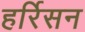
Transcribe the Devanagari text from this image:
हर्रिसन